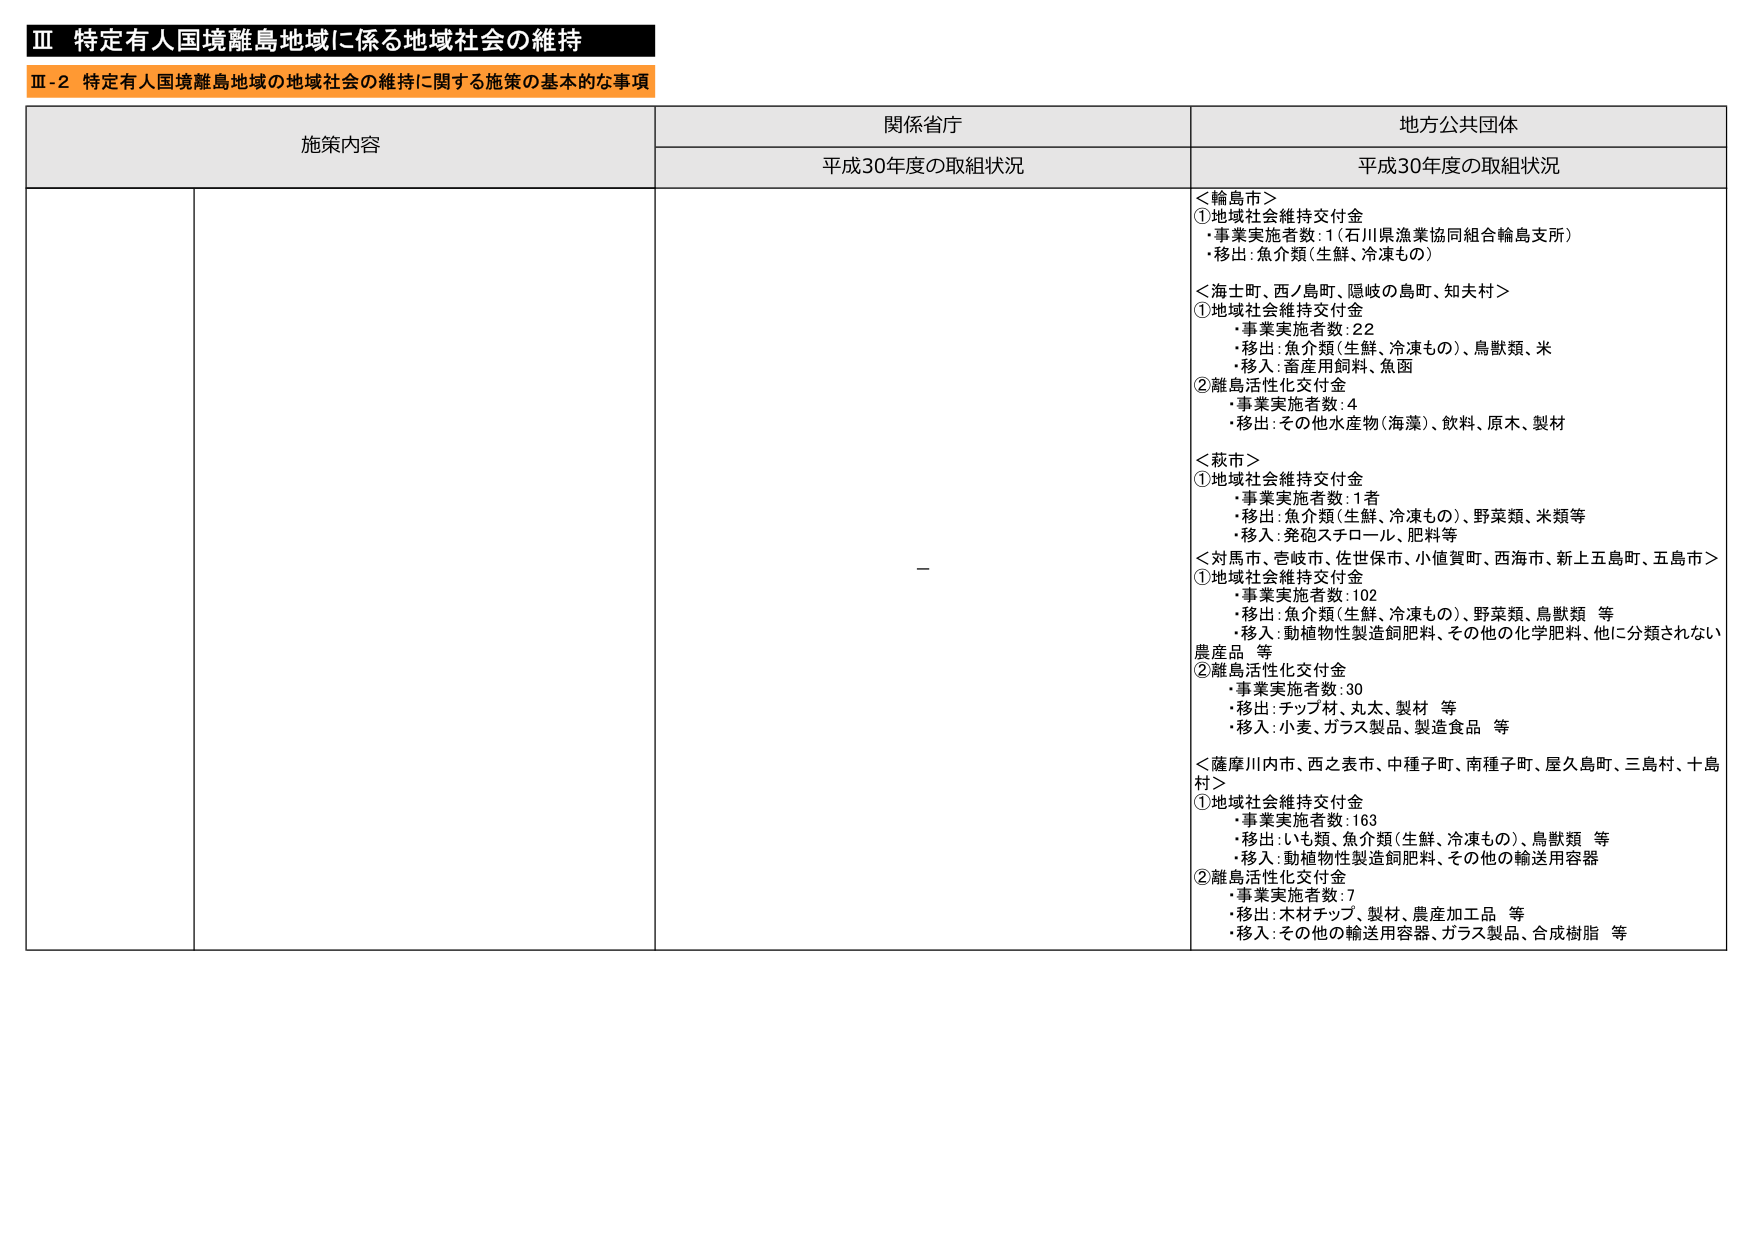
Ⅲ 特定有人国境離島地域に係る地域社会の維持
Ⅲ-2 特定有人国境離島地域の地域社会の維持に関する施策の基本的な事項

施策内容
関係省庁
地方公共団体

平成30年度の取組状況
平成30年度の取組状況

＜輪島市＞
①地域社会維持交付金
・事業実施者数：1（石川県漁業協同組合輪島支所）
・移出：魚介類（生鮮、冷凍もの）

＜海士町、西ノ島町、隠岐の島町、知夫村＞
①地域社会維持交付金
・事業実施者数：22
・移出：魚介類（生鮮、冷凍もの）、鳥獣類、米
・移入：畜産用飼料、魚図
②離島活性化交付金
・事業実施者数：4
・移出：その他水産物（海藻）、飲料、原木、製材

＜萩市＞
①地域社会維持交付金
・事業実施者数：1者
・移出：魚介類（生鮮、冷凍もの）、野菜類、米類等
・移入：発砲スチロール、肥料等

＜対馬市、壱岐市、佐世保市、小値賀町、西海市、新上五島町、五島市＞
①地域社会維持交付金
・事業実施者数：102
・移出：魚介類（生鮮、冷凍もの）、野菜類、鳥獣類 等
・移入：動植物性製造飼肥料、その他の化学肥料、他に分類されない農産品 等
②離島活性化交付金
・事業実施者数：30
・移出：チップ材、丸太、製材 等
・移入：小麦、ガラス製品、製造食品 等

＜薩摩川内市、西之表市、中種子町、南種子町、屋久島町、三島村、十島村＞
①地域社会維持交付金
・事業実施者数：163
・移出：いも類、魚介類（生鮮、冷凍もの）、鳥獣類 等
・移入：動植物性製造飼肥料、その他の輸送用容器
②離島活性化交付金
・事業実施者数：7
・移出：木材チップ、製材、農産加工品 等
・移入：その他の輸送用容器、ガラス製品、合成樹脂 等